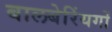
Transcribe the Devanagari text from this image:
बालबेरिंयगों